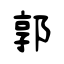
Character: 郭